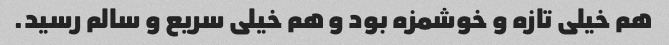
هم خیلی تازه و خوشمزه بود و هم خیلی سریع و سالم رسید.